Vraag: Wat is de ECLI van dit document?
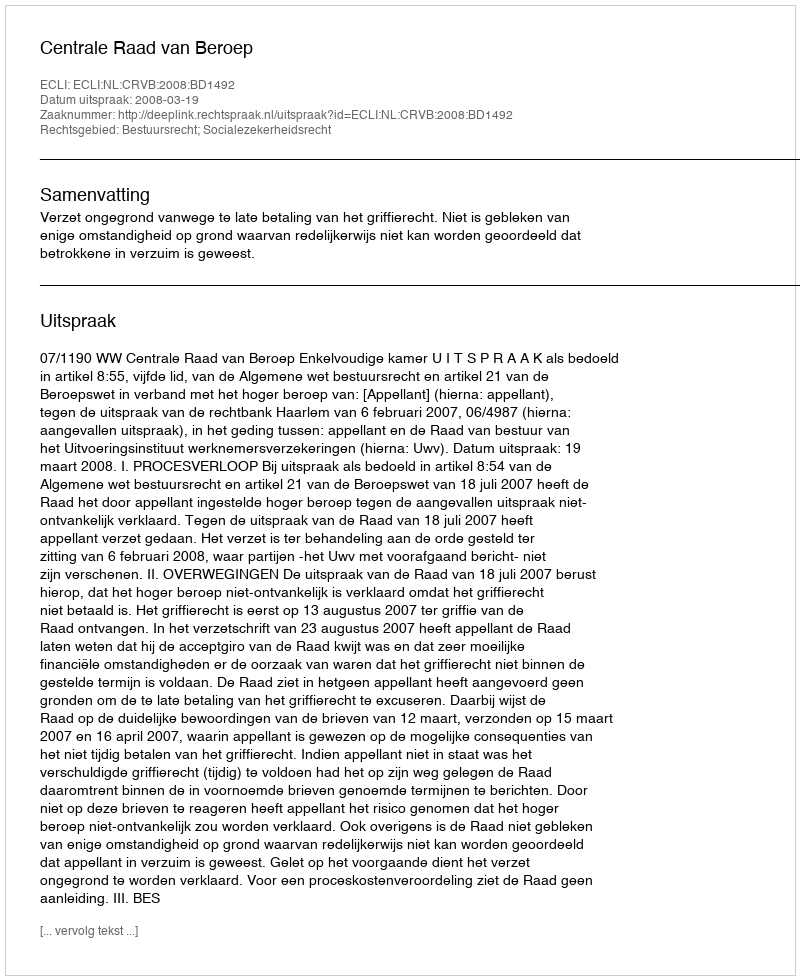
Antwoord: ECLI:NL:CRVB:2008:BD1492